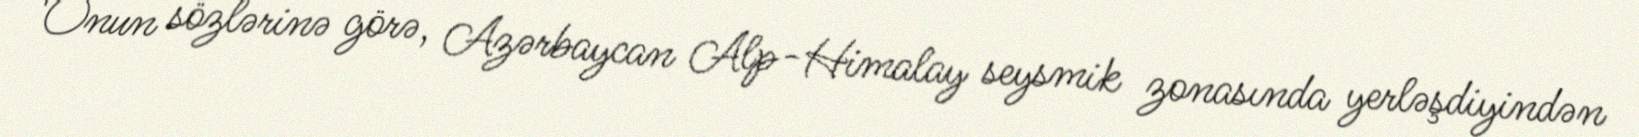
Onun sözlərinə görə, Azərbaycan Alp-Himalay seysmik zonasında yerləşdiyindən